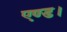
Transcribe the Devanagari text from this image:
एण्ड।